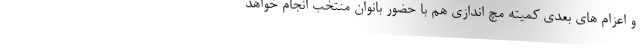
و اعزام های بعدی کمیته مچ اندازی هم با حضور بانوان منتخب انجام خواهد